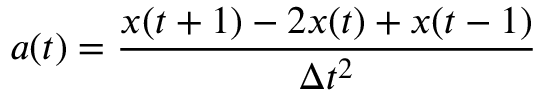
a ( t ) = \frac { x ( t + 1 ) - 2 x ( t ) + x ( t - 1 ) } { \Delta t ^ { 2 } }